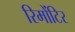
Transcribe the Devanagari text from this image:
रिमोंटिर